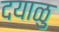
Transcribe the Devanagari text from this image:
दयाळु